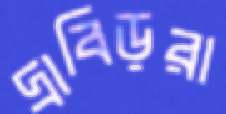
দ্রাবিড়রা